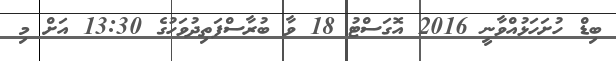
ބިޑް ހުށަހަޅުއްވާނީ 2016 އޮގަސްޓު 18 ވާ ބުރާސްފަތިދުވަހުގެ 13:30 އަށް މި